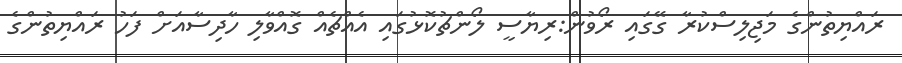
ރައްޔިތުންގެ މަޖިލިސްކުރާ ގޭގައި ރޯވުން:ރިޔާސީ ލޯންޗުކޮޅުގައި އެއްޗެއް ގޮއްވާލި ހާދިސާއަށް ފަހު ރައްޔިތުންގެ